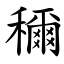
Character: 穪